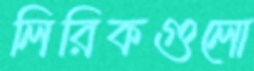
লিরিকগুলো